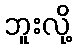
ဘူးလို့